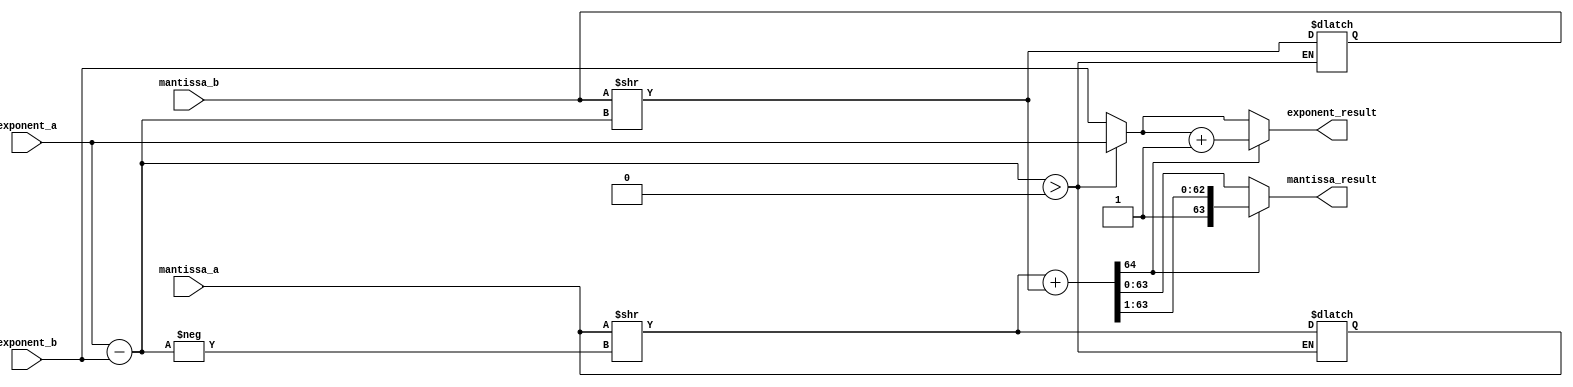
module floating_point_adder(
    input [63:0] exponent_a,
    input [63:0] mantissa_a,
    input [63:0] exponent_b,
    input [63:0] mantissa_b,
    output [63:0] exponent_result,
    output [63:0] mantissa_result
);

reg [63:0] mantissa_a_extended;
reg [63:0] mantissa_b_extended;
reg [63:0] exponent_diff;
reg [64:0] mantissa_final;

assign mantissa_a_extended = {1'b1, mantissa_a}; // Append a leading 1 to the mantissa
assign mantissa_b_extended = {1'b1, mantissa_b}; // Append a leading 1 to the mantissa

always @* begin
    exponent_diff = exponent_a - exponent_b;
    if (exponent_diff > 0) begin
        mantissa_b_extended = mantissa_b_extended >> exponent_diff;
        exponent_result = exponent_a;
    end else begin
        mantissa_a_extended = mantissa_a_extended >> -exponent_diff;
        exponent_result = exponent_b;
    end
    
    mantissa_final = mantissa_a_extended + mantissa_b_extended;

    if (mantissa_final[64] == 1'b1) begin
        mantissa_final = mantissa_final >> 1;
        exponent_result = exponent_result + 1;
    end

    mantissa_result = mantissa_final[63:0];
end

endmodule